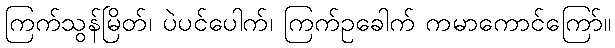
ကြက်သွန်မြိတ်၊ ပဲပင်ပေါက်၊ ကြက်ဥခေါက် ကမာကောင်ကြော်။